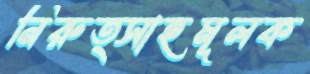
নিরুত্সাহমূলক